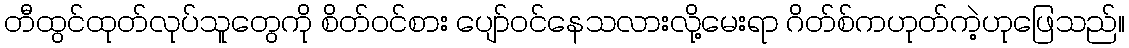
တီထွင်ထုတ်လုပ်သူတွေကို စိတ်ဝင်စား ပျော်ဝင်နေသလားလို့မေးရာ ဂိတ်စ်ကဟုတ်ကဲ့ဟုဖြေသည်။